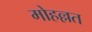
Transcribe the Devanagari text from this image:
मोहल्लत